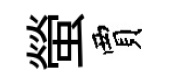
螢賈